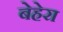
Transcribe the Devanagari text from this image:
बेहेरा